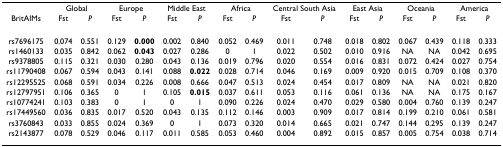
<table><thead><tr><td></td><td colspan="2"><b>Global</b></td><td colspan="2"><b>Europe</b></td><td colspan="2"><b>Middle East</b></td><td colspan="2"><b>Africa</b></td><td colspan="2"><b>Central South Asia</b></td><td colspan="2"><b>East Asia</b></td><td colspan="2"><b>Oceania</b></td><td colspan="2"><b>America</b></td></tr><tr><td><b>BritAIMs</b></td><td><b>Fst</b></td><td><b><i>P</i></b></td><td><b>Fst</b></td><td><b><i>P</i></b></td><td><b>Fst</b></td><td><b><i>P</i></b></td><td><b>Fst</b></td><td><b><i>P</i></b></td><td><b>Fst</b></td><td><b><i>P</i></b></td><td><b>Fst</b></td><td><b><i>P</i></b></td><td><b>Fst</b></td><td><b><i>P</i></b></td><td><b>Fst</b></td><td><b><i>P</i></b></td></tr></thead><tbody><tr><td>rs7696175</td><td>0.074</td><td>0.551</td><td>0.129</td><td><b>0.000</b></td><td>0.002</td><td>0.840</td><td>0.052</td><td>0.469</td><td>0.011</td><td>0.748</td><td>0.018</td><td>0.802</td><td>0.067</td><td>0.439</td><td>0.118</td><td>0.333</td></tr><tr><td>rs1460133</td><td>0.035</td><td>0.842</td><td>0.062</td><td><b>0.043</b></td><td>0.027</td><td>0.286</td><td>0</td><td>1</td><td>0.022</td><td>0.502</td><td>0.010</td><td>0.916</td><td>NA</td><td>NA</td><td>0.042</td><td>0.695</td></tr><tr><td>rs9378805</td><td>0.115</td><td>0.321</td><td>0.030</td><td>0.280</td><td>0.043</td><td>0.136</td><td>0.019</td><td>0.796</td><td>0.020</td><td>0.554</td><td>0.016</td><td>0.831</td><td>0.072</td><td>0.424</td><td>0.027</td><td>0.754</td></tr><tr><td>rs11790408</td><td>0.067</td><td>0.594</td><td>0.043</td><td>0.141</td><td>0.088</td><td><b>0.022</b></td><td>0.028</td><td>0.714</td><td>0.046</td><td>0.169</td><td>0.009</td><td>0.920</td><td>0.015</td><td>0.709</td><td>0.108</td><td>0.370</td></tr><tr><td>rs12295525</td><td>0.068</td><td>0.591</td><td>0.034</td><td>0.226</td><td>0.008</td><td>0.666</td><td>0.047</td><td>0.513</td><td>0.024</td><td>0.454</td><td>0.017</td><td>0.809</td><td>NA</td><td>NA</td><td>0.021</td><td>0.820</td></tr><tr><td>rs12797951</td><td>0.106</td><td>0.365</td><td>0</td><td>1</td><td>0.105</td><td><b>0.015</b></td><td>0.037</td><td>0.611</td><td>0.053</td><td>0.116</td><td>0.061</td><td>0.136</td><td>NA</td><td>NA</td><td>0.175</td><td>0.167</td></tr><tr><td>rs10774241</td><td>0.103</td><td>0.383</td><td>0</td><td>1</td><td>0</td><td>1</td><td>0.090</td><td>0.226</td><td>0.024</td><td>0.470</td><td>0.029</td><td>0.580</td><td>0.004</td><td>0.760</td><td>0.139</td><td>0.247</td></tr><tr><td>rs17449560</td><td>0.036</td><td>0.835</td><td>0.017</td><td>0.520</td><td>0.043</td><td>0.135</td><td>0.112</td><td>0.146</td><td>0.003</td><td>0.909</td><td>0.017</td><td>0.814</td><td>0.199</td><td>0.210</td><td>0.061</td><td>0.581</td></tr><tr><td>rs3760843</td><td>0.033</td><td>0.855</td><td>0.024</td><td>0.369</td><td>0</td><td>1</td><td>0.073</td><td>0.320</td><td>0.014</td><td>0.665</td><td>0.021</td><td>0.747</td><td>0.144</td><td>0.295</td><td>0.139</td><td>0.247</td></tr><tr><td>rs2143877</td><td>0.078</td><td>0.529</td><td>0.046</td><td>0.117</td><td>0.011</td><td>0.585</td><td>0.053</td><td>0.460</td><td>0.004</td><td>0.892</td><td>0.015</td><td>0.857</td><td>0.005</td><td>0.754</td><td>0.038</td><td>0.714</td></tr></tbody></table>